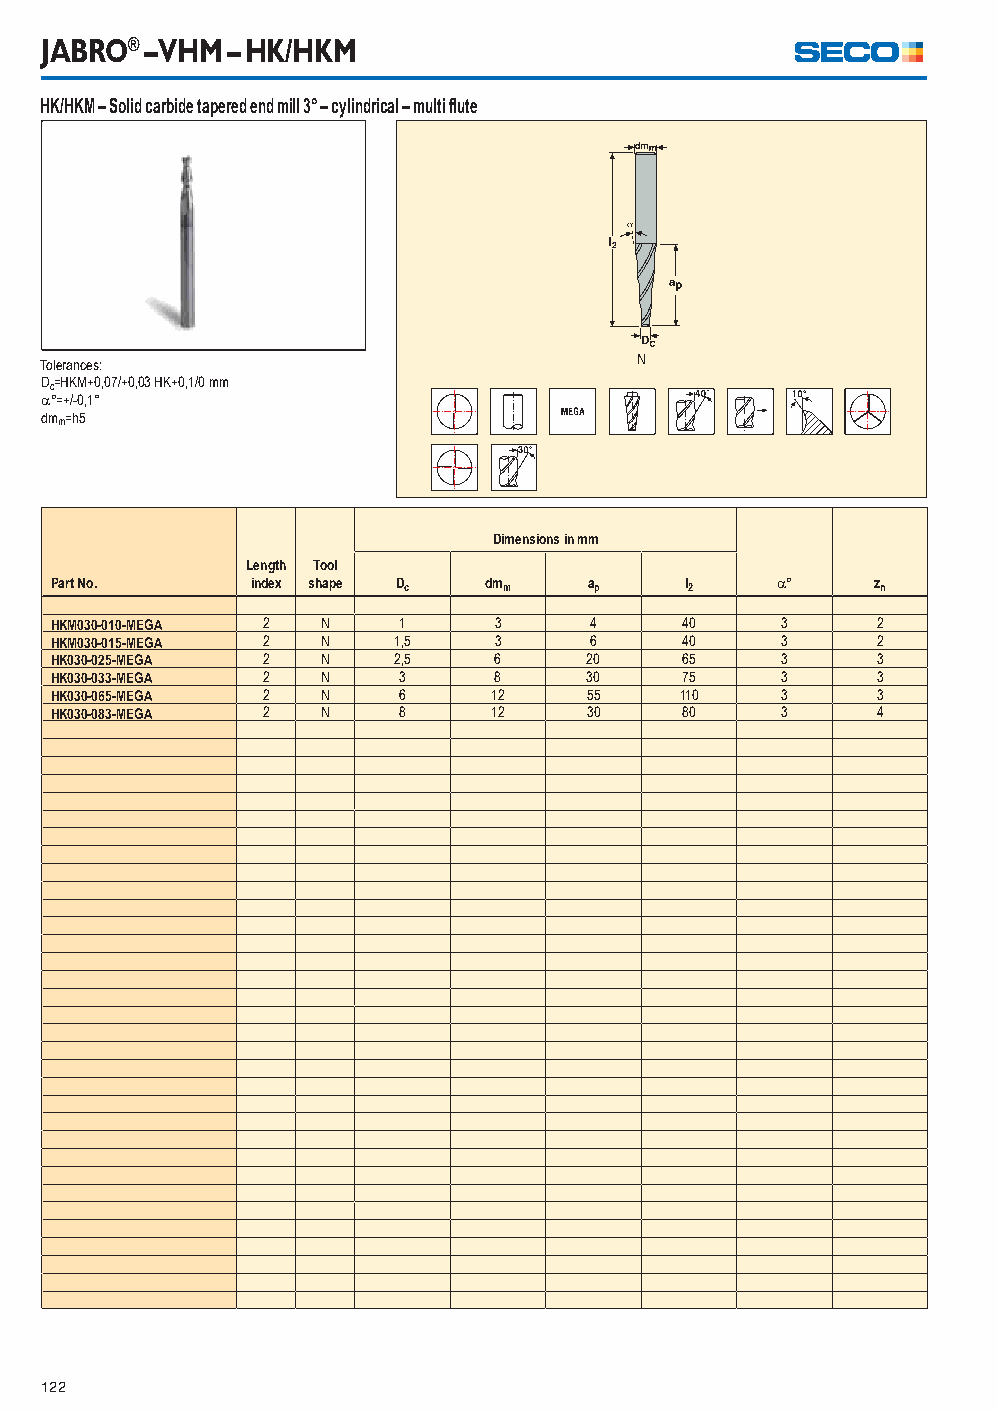
JABRO® – VHM – HK/HKM
 HK/HKM – Solid carbide tapered end mill 3° – cylindrical – multi fl ute
 Tolerances:                            N
 Dc=HKM+0,07/+0,03 HK+0,1/0 mm
 °=+/-0,1°
 dmm=h5
 Dimensions in mm
 Length Tool
 Part No.      index shape Dc dmm    ap    l2    °     zn
 HKM030-010-MEGA 2 N    1      3     4     40     3     2
 HKM030-015-MEGA 2 N    1,5    3     6     40     3     2
 HK030-025-MEGA 2  N    2,5    6     20    65     3     3
 HK030-033-MEGA 2  N    3      8     30    75     3     3
 HK030-065-MEGA 2  N    6      12    55    110    3     3
 HK030-083-MEGA 2  N    8      12    30    80     3     4
 122